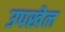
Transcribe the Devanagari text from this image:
उपखेल